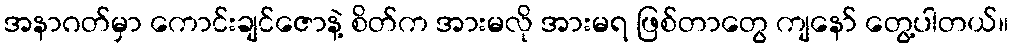
အနာဂတ်မှာ ကောင်းချင်ဇောနဲ့ စိတ်က အားမလို အားမရ ဖြစ်တာတွေ ကျနော် တွေ့ပါတယ်။